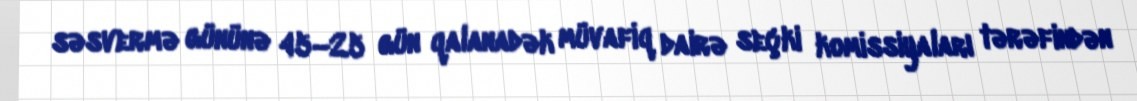
səsvermə gününə 45–25 gün qalanadək müvafiq dairə seçki komissiyaları tərəfindən